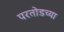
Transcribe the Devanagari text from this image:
परतोडच्या